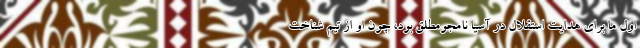
اول ما برای هدایت استقلال در آسیا نامجومطلق بود، چون او از تیم شناخت